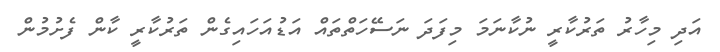
އަދި މިހާރު ތަރުކާރީ ނުކާނަމަ މިފަދަ ނަސޭހަތްތައް އަޑުއަހައިގެން ތަރުކާރީ ކާން ފެށުމުން